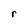
Character: r